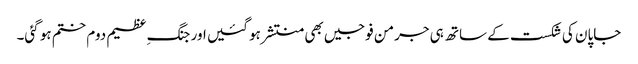
جاپان کی شکست کے ساتھ ہی جرمن فوجیں بھی منتشر ہو گئیں اور جنگ ِعظیم دوم ختم ہو گئی۔